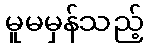
မူမမှန်သည့်